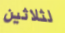
لثلاثين